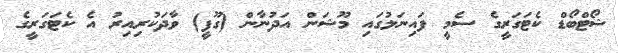
ޝޯޓްބޯޑް ކެޓަގަރީގެ ސެމީ ފައިނަލުގައި މޫޝަން އަދުނާން (ގޫފީ) ވާދަކުރިއިރު އެ ކެޓަގަރީގެ